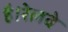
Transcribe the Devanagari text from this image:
है।रेलवे